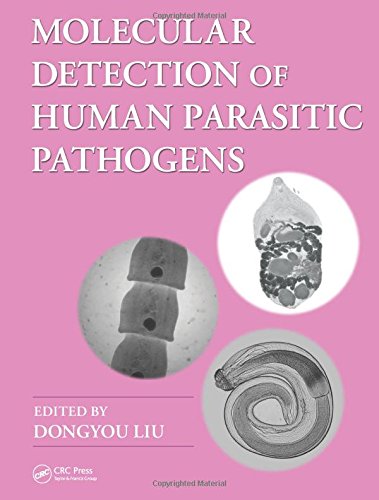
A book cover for Molecular Detection of Human Parasitic Pathogens; Health, Fitness & Dieting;